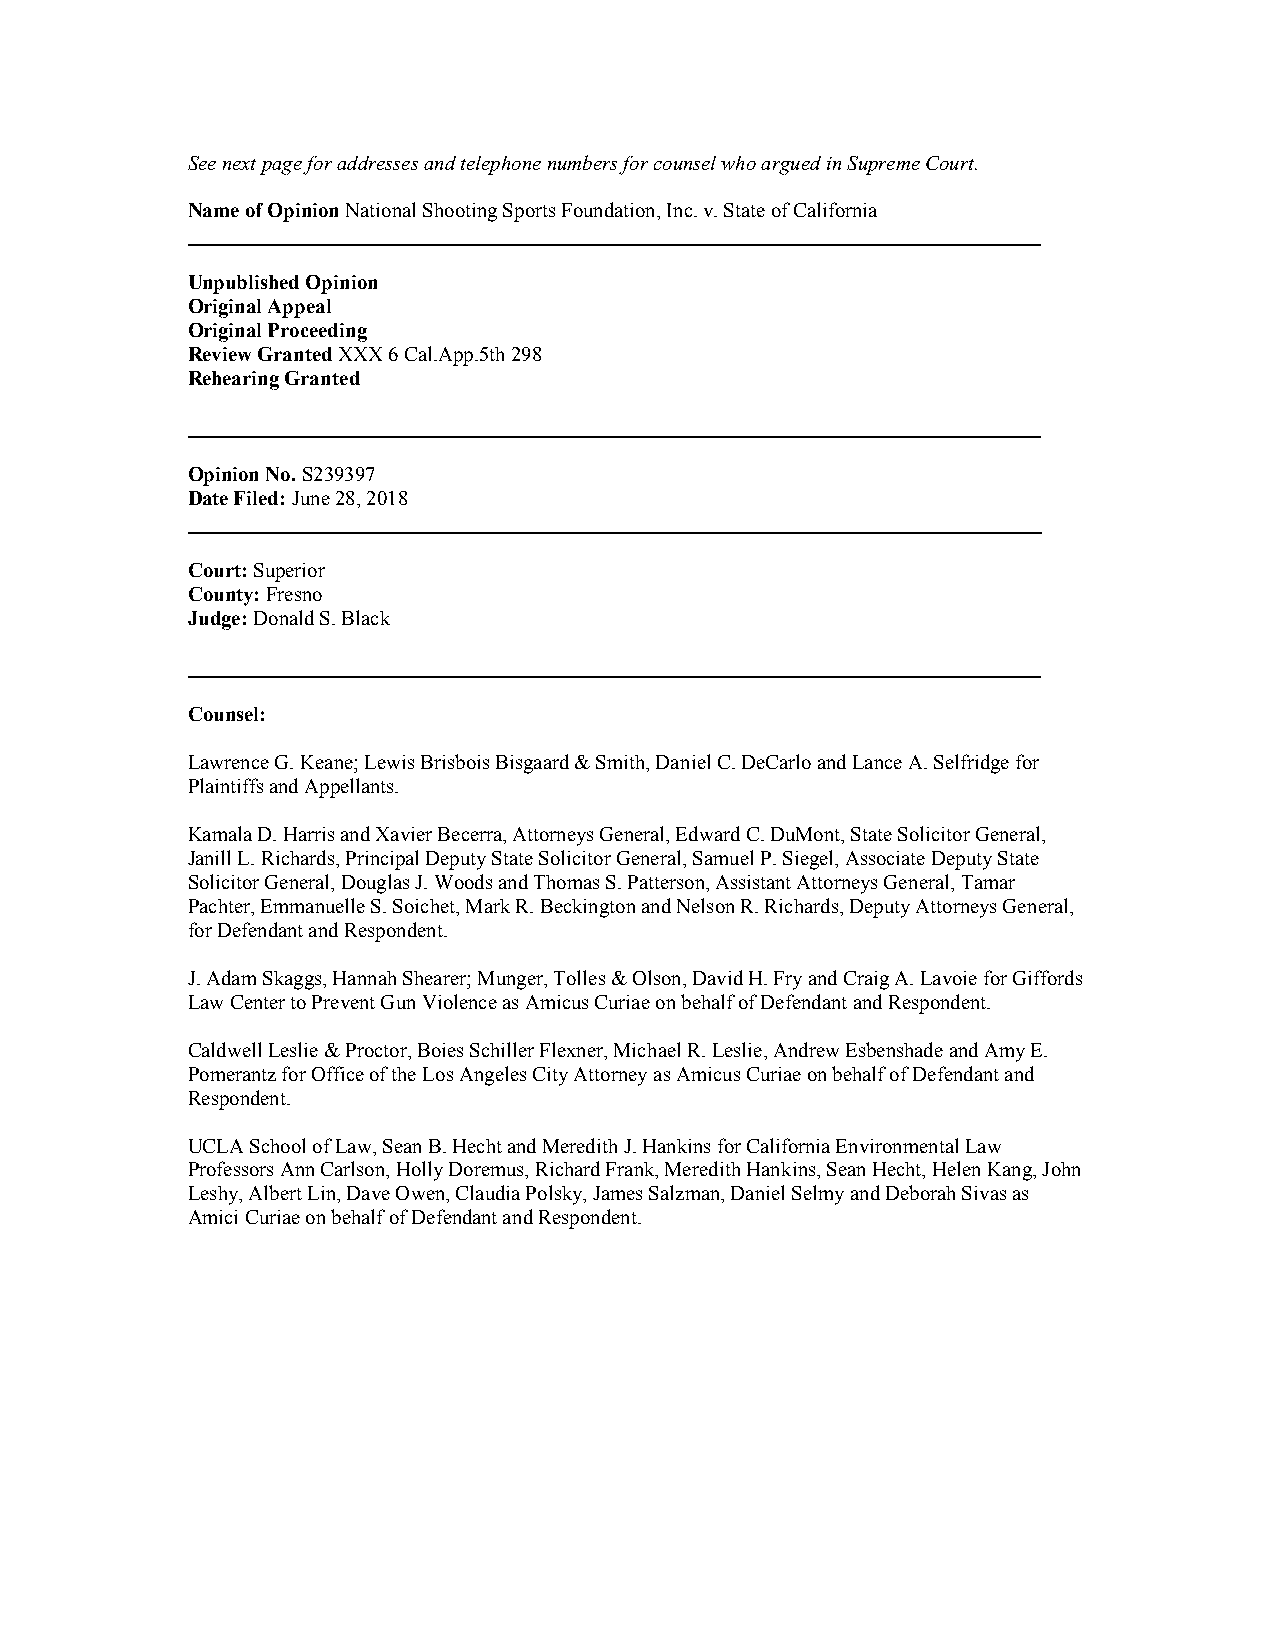
See next page for addresses and telephone numbers for counsel who argued in Supreme Court.
 Name of Opinion National Shooting Sports Foundation, Inc. v. State of California
 __________________________________________________________________________________
 Unpublished Opinion
 Original Appeal
 Original Proceeding
 Review Granted XXX 6 Cal.App.5th 298
 Rehearing Granted
 __________________________________________________________________________________
 Opinion No. S239397
 Date Filed: June 28, 2018
 __________________________________________________________________________________
 Court: Superior
 County: Fresno
 Judge: Donald S. Black
 __________________________________________________________________________________
 Counsel:
 Lawrence G. Keane; Lewis Brisbois Bisgaard & Smith, Daniel C. DeCarlo and Lance A. Selfridge for
 Plaintiffs and Appellants.
 Kamala D. Harris and Xavier Becerra, Attorneys General, Edward C. DuMont, State Solicitor General,
 Janill L. Richards, Principal Deputy State Solicitor General, Samuel P. Siegel, Associate Deputy State
 Solicitor General, Douglas J. Woods and Thomas S. Patterson, Assistant Attorneys General, Tamar
 Pachter, Emmanuelle S. Soichet, Mark R. Beckington and Nelson R. Richards, Deputy Attorneys General,
 for Defendant and Respondent.
 J. Adam Skaggs, Hannah Shearer; Munger, Tolles & Olson, David H. Fry and Craig A. Lavoie for Giffords
 Law Center to Prevent Gun Violence as Amicus Curiae on behalf of Defendant and Respondent.
 Caldwell Leslie & Proctor, Boies Schiller Flexner, Michael R. Leslie, Andrew Esbenshade and Amy E.
 Pomerantz for Office of the Los Angeles City Attorney as Amicus Curiae on behalf of Defendant and
 Respondent.
 UCLA School of Law, Sean B. Hecht and Meredith J. Hankins for California Environmental Law
 Professors Ann Carlson, Holly Doremus, Richard Frank, Meredith Hankins, Sean Hecht, Helen Kang, John
 Leshy, Albert Lin, Dave Owen, Claudia Polsky, James Salzman, Daniel Selmy and Deborah Sivas as
 Amici Curiae on behalf of Defendant and Respondent.